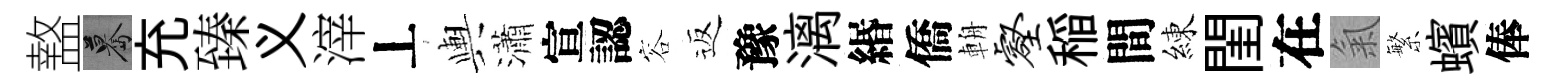
盩驀充臻义滓丄輿瀟宣認容返豫漓緡僑輈壑稲間練閨在氣繁蠙俸